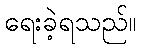
ရေးခဲ့ရသည်။